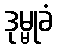
ဒုမ္မုခံ